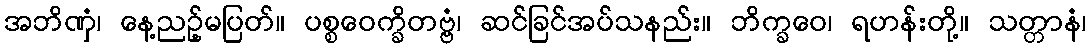
အဘိဏှံ၊ နေ့ညဉ့်မပြတ်။ ပစ္စဝေက္ခိတဗ္ဗံ၊ ဆင်ခြင်အပ်သနည်း။ ဘိက္ခဝေ၊ ရဟန်းတို့။ သတ္တာနံ၊